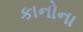
કાનોના